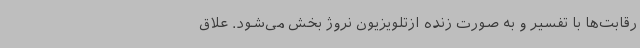
رقابت‌ها با تفسیر و به صورت زنده ازتلویزیون نروژ بخش می‌شود. علاق